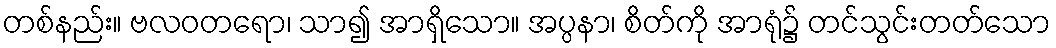
တစ်နည်း။ ဗလဝတရော၊ သာ၍ အာရှိသော။ အပ္ပနာ၊ စိတ်ကို အာရုံ၌ တင်သွင်းတတ်သော